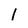
Character: 1